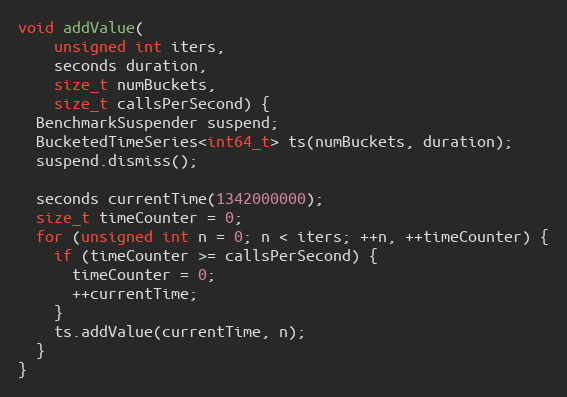
Language: C++
void addValue(
    unsigned int iters,
    seconds duration,
    size_t numBuckets,
    size_t callsPerSecond) {
  BenchmarkSuspender suspend;
  BucketedTimeSeries<int64_t> ts(numBuckets, duration);
  suspend.dismiss();

  seconds currentTime(1342000000);
  size_t timeCounter = 0;
  for (unsigned int n = 0; n < iters; ++n, ++timeCounter) {
    if (timeCounter >= callsPerSecond) {
      timeCounter = 0;
      ++currentTime;
    }
    ts.addValue(currentTime, n);
  }
}